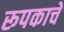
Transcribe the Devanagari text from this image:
रूपकाचे